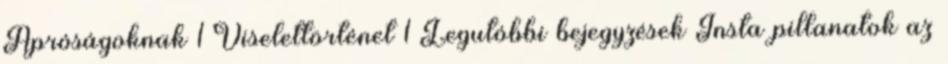
Apróságoknak 1 Viselettörténet 1 Legutóbbi bejegyzések Insta pillanatok az